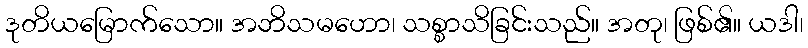
ဒုတိယမြောက်သော။ အဘိသမဟော၊ သစ္စာသိခြင်းသည်။ အတု၊ ဖြစ်၏။ ယဒါ၊